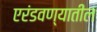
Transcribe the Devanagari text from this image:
एरंडवण्यातील